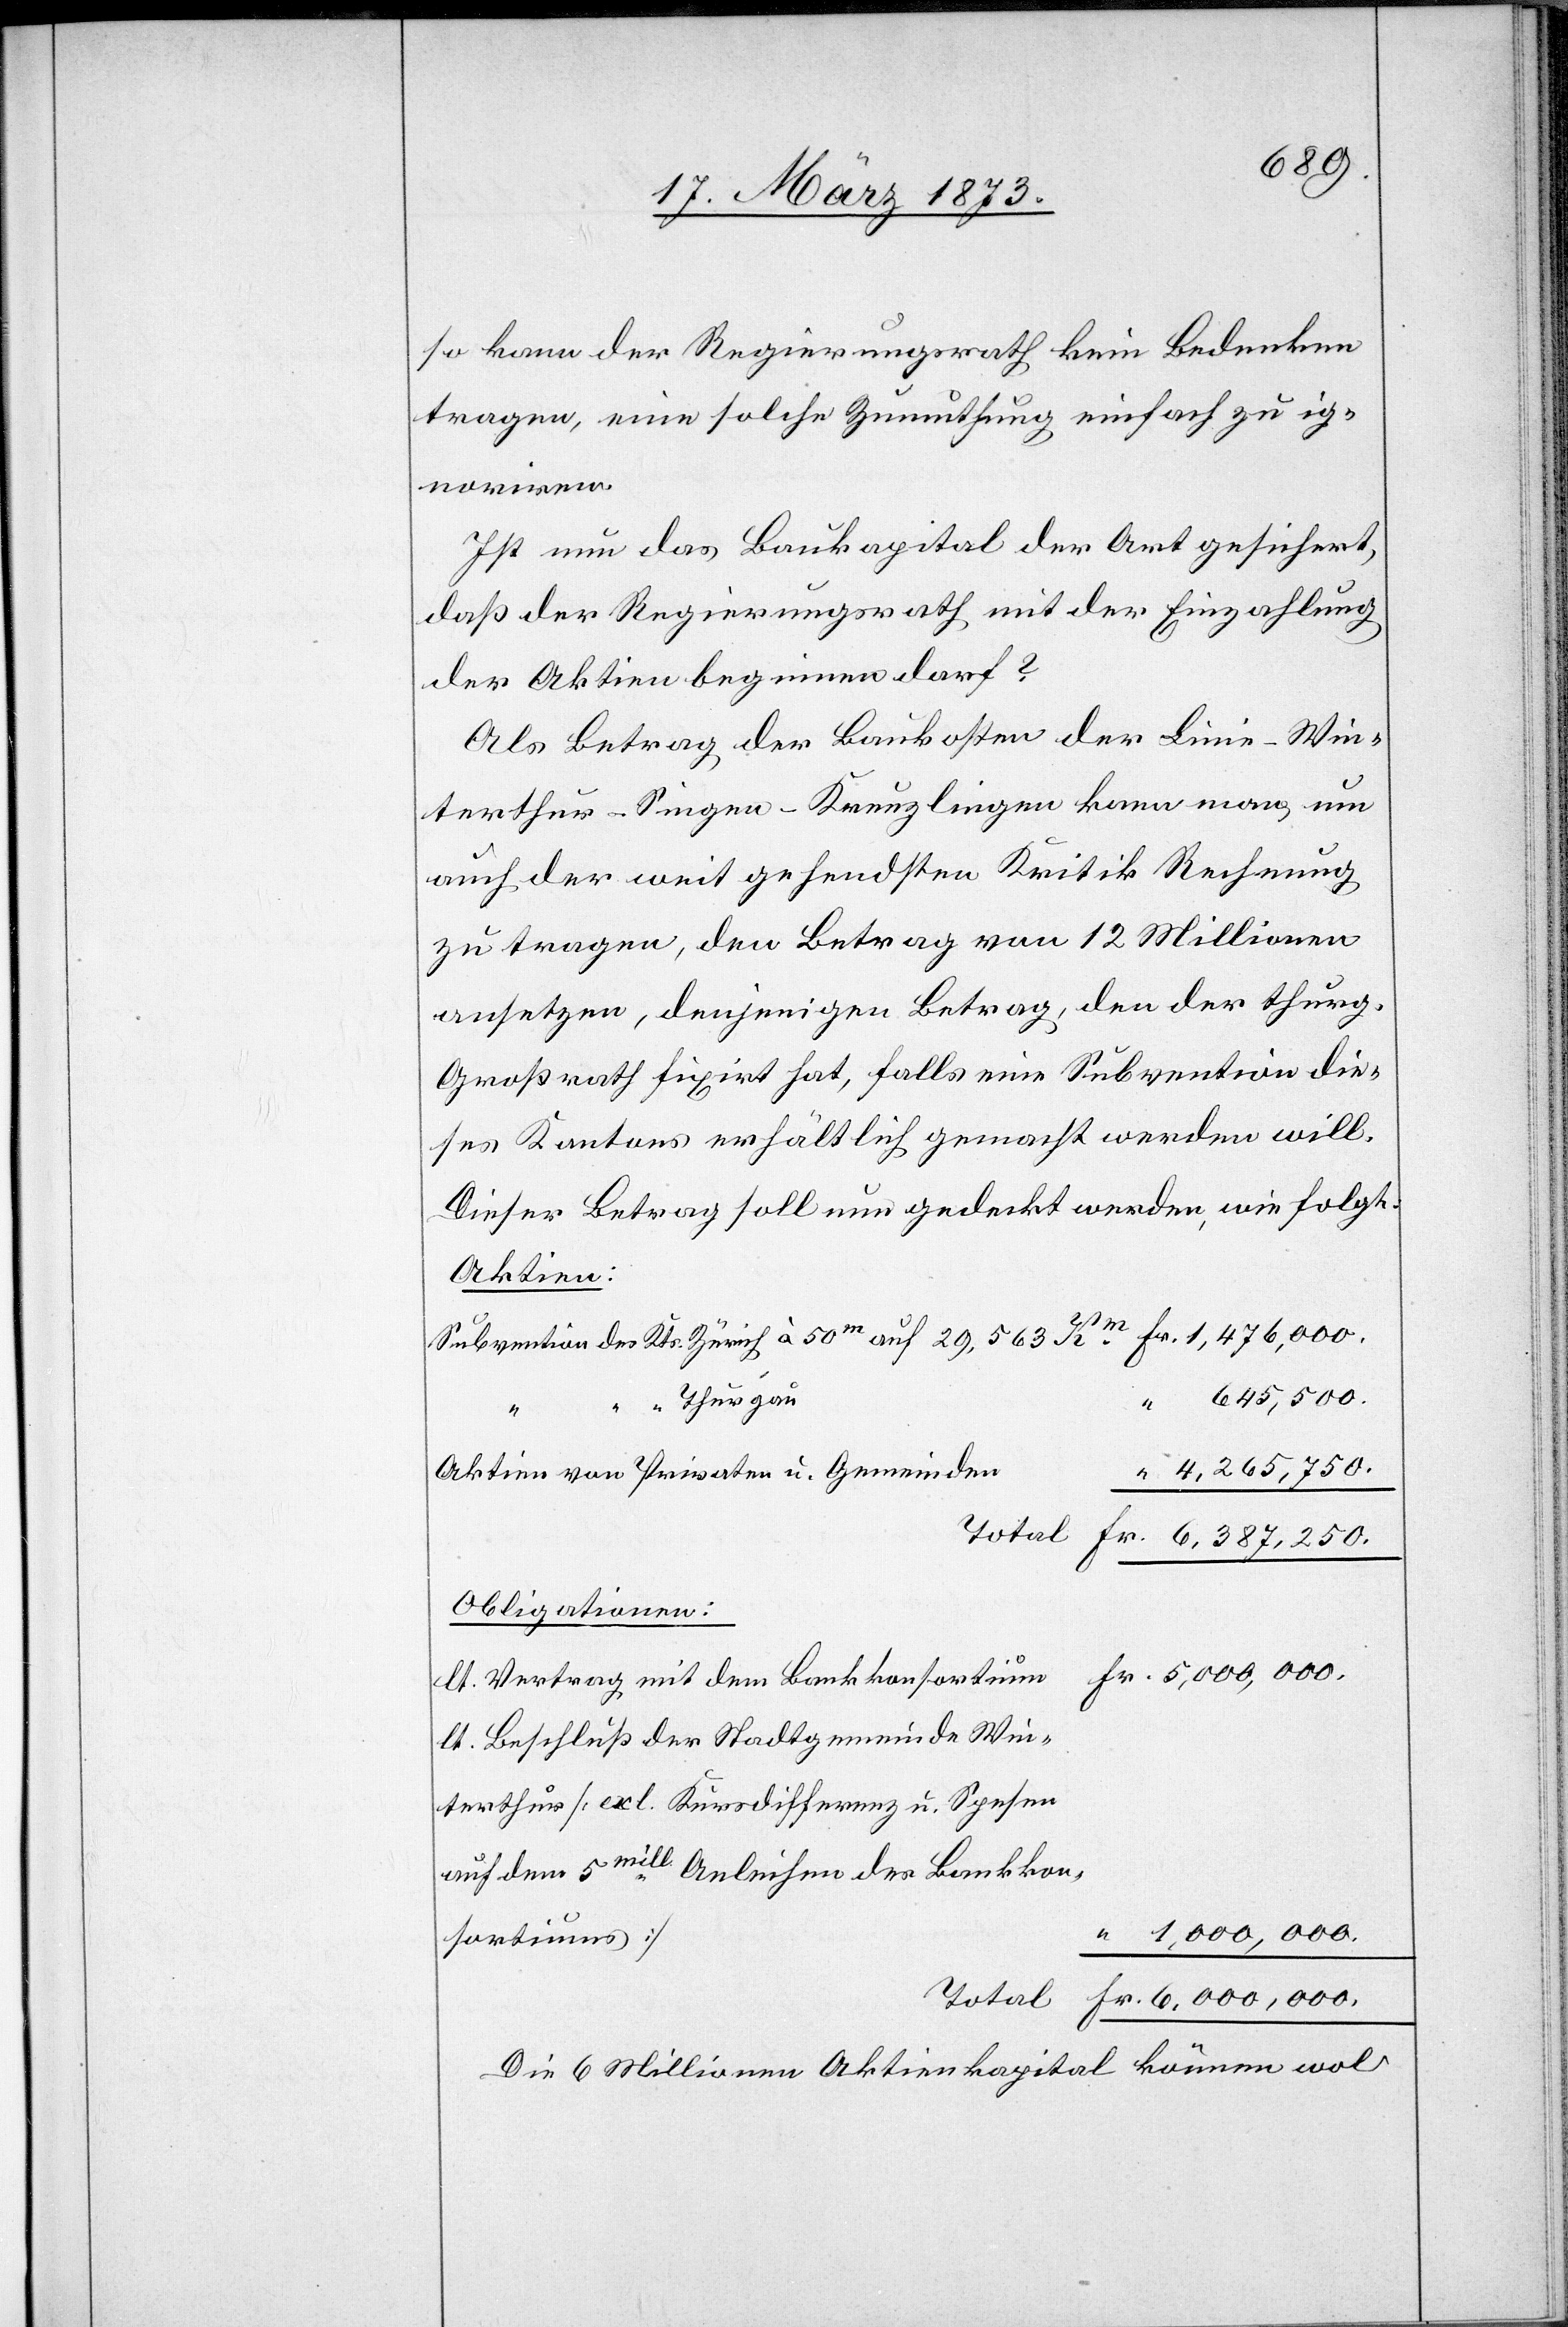
so kann der Regierungsrath kein Bedenken
tragen, eine solche Zumuthung einfach zu ig¬
noriren.
Ist nun das Baukapital der Art gesichert,
daß der Regierungsrath mit der Einzahlung
der Aktien beginnen darf?
Als Betrag der Baukosten der Linie–Win¬
terthur–Singen–Kreuzlingen [sic!] kann man, um
auch der weit gehendsten Kritik Rechnung
zu tragen, den Betrag von 12 Millionen
ansetzen, denjenigen Betrag, den der thurg.
Großrath fixirt hat, falls eine Subvention die¬
ses Kantons erhältlich gemacht werden will.
Dieser Betrag soll nun gedeckt werden, wie folgt:
Aktien:
Subvention des Kts. Zürich à 50m auf 29,563 Km	Fr. 1,476,000.
“ 645,500.
Thurgau
Aktien von Privaten u. Gemeinden
“ 4,265,750.
terthur
Fr. 6,387,250.
Obligationen:
m	Fr. 5,000,000.
lt. Vertrag mit dem Bankkonsortiu¬
lt. Beschluß der Stadtgemeinde Win¬
“ 1,000,000.
Total
Fr. 6,000,000.
Die 6 Millionen Aktienkapital können wol